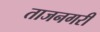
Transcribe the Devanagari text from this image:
ताजनगरी